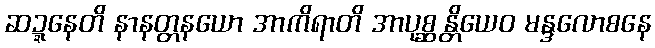
ဆဍ္ဍနေတိ နာနတ္တနယော အာကိရာတိ အာပုစ္ဆန္တိယေဝ မန္ဒလောစနေ